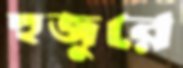
হুজুরে